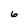
Character: 6